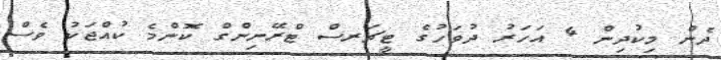
ދެން މިކުދިން 4 އަހަރު ދުވަހުގެ ޓީޗަރސް ޓްރޭނިންގް ކޮންމެ ކުއްޖަކު ވެސް